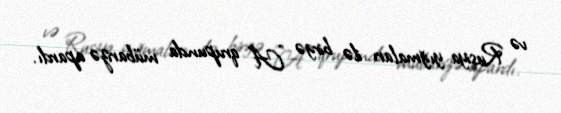
və Rusiya yığmaları ilə birgə "A" qrupunda mübarizə apardı.